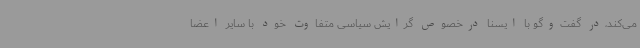
می‌کند،در گفت‌وگو با ایسنا درخصوص گرایش سیاسی متفاوت خود با سایر اعضا